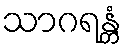
သာဂရန္တံ